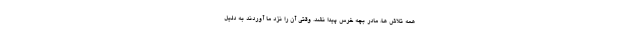
همه تلاش ها، مادر بچه خرس پیدا نشد. وقتی آن را نزد ما آوردند به دلیل